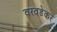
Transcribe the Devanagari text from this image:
वरवडेकर